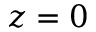
z = 0